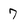
Character: 7